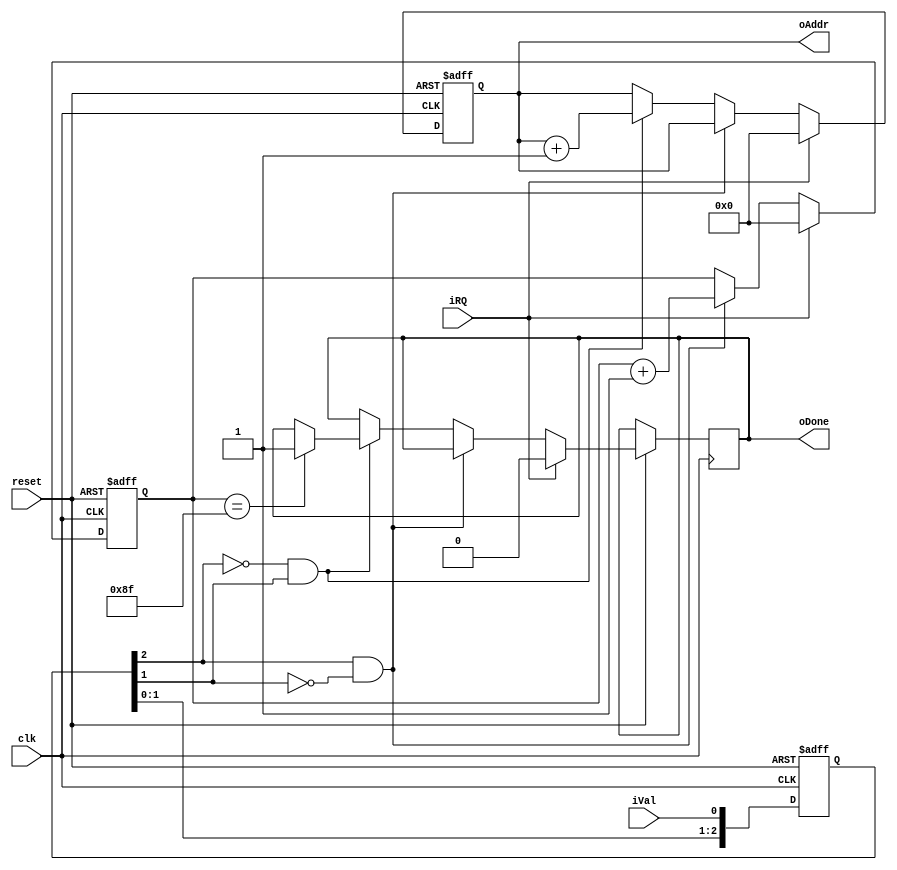
module MCM_coord (
	input clk,
	input reset,
	input iRQ,
	input iVal,
	output reg [7:0] oAddr,
	output oDone
);

reg [7:0]	cntVal;			// valid signals counter
reg [2:0]	syncVal;		// valid signals syncronizer
reg 		frontVal;		// valid signal fronts
reg 		rearVal;		// valid signal fronts

assign frontVal = ((syncVal[2]) & !syncVal[1]);		// front finder
assign rearVal = (!(syncVal[2]) & syncVal[1]);		// rear finder
always@(negedge reset or posedge clk) begin			// double dff on "valid" signal
	if (~reset) begin
		syncVal <= 0;
	end else begin
		syncVal <= {syncVal[1:0], iVal}; 
	end
end


always@(posedge clk or negedge reset)
begin
	if(~reset) begin
		oAddr <= 0;								// on start reset address
		cntVal <= 0;							// on start reset bytes counter
	end else begin
		if(iRQ) begin							// if requesting data from MCM
			oAddr <= 0;							// syncronously reset address
			cntVal <= 0;						// syncronously reset counter
			oDone <= 0;							// drop "done receiving" signal
		end else begin							// when waiting for the answer
			if(frontVal) begin					// if found valid front
				cntVal <= cntVal + 1'b1;		// count the byte received
			end else
			if(rearVal) begin					// if ended writing byte to memory
				oAddr <= oAddr + 1'b1;			// increment address
				if(cntVal == 143) begin			// if received 144 bytes of data
					oDone <= 1'b1;				// say we are done receiving
				end
			end
		end
	end
end

endmodule